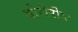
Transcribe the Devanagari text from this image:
योरोपीय